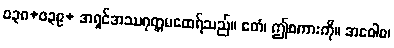
ဝ၃၈+ဝ၃၉+ အရှင်အဿဂုတ္တမထေရ်သည်။ ဧတံ၊ ဤစကားကို။ အဝေါစ၊